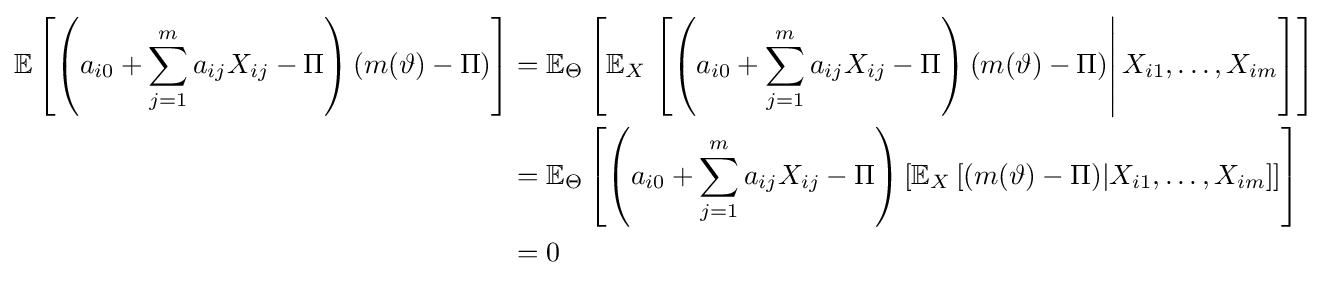
{\begin{aligned}\mathbb {E} \left[\left(a_{i0}+\sum _{j=1}^{m}a_{ij}X_{ij}-\Pi \right)\left(m(\vartheta )-\Pi \right)\right]&=\mathbb {E} _{\Theta }\left[\mathbb {E} _{X}\left.\left[\left(a_{i0}+\sum _{j=1}^{m}a_{ij}X_{ij}-\Pi \right)(m(\vartheta )-\Pi )\right|X_{i1},\ldots ,X_{im}\right]\right]\\&=\mathbb {E} _{\Theta }\left[\left(a_{i0}+\sum _{j=1}^{m}a_{ij}X_{ij}-\Pi \right)\left[\mathbb {E} _{X}\left[(m(\vartheta )-\Pi )|X_{i1},\ldots ,X_{im}\right]\right]\right]\\&=0\end{aligned}}